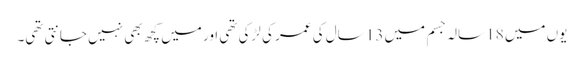
یوں میں 18 سالہ جسم میں 13 سال کی عمر کی لڑکی تھی اور میں کچھ بھی نہیں جانتی تھی۔